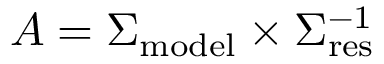
A = \Sigma _ { \mathrm { m o d e l } } \times \Sigma _ { \mathrm { r e s } } ^ { - 1 }